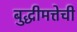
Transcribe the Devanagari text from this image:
बुद्धीमत्तेची